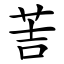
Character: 䓀